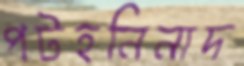
পটহনিনাদ